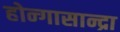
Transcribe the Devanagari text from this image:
होन्गासान्द्रा